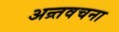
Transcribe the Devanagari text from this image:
अन्र्तवचना